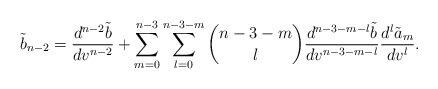
\begin{align*} \tilde{b}_{n-2}=\frac{d^{n-2}\tilde{b}}{dv^{n-2}}+\sum_{m=0}^{n-3}\sum_{l=0}^{n-3-m}\binom{n-3-m}{l}\frac{d^{n-3-m-l}\tilde{b}}{dv^{n-3-m-l}}\frac{d^l\tilde{a}_m}{dv^l}.\end{align*}